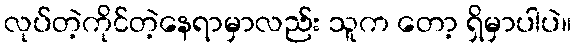
လုပ်တဲ့ကိုင်တဲ့နေရာမှာလည်း သူက တော့ ရှိမှာပါပဲ။